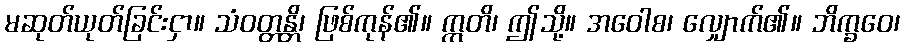
မဆုတ်ယုတ်ခြင်းငှာ။ သံဝတ္တန္တိ၊ ဖြစ်ကုန်၏။ ဣတိ၊ ဤသို့။ အဝေါစ၊ လျှောက်၏။ ဘိက္ခဝေ၊